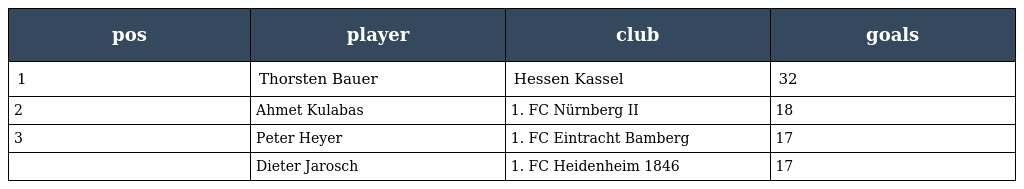
| pos | player | club | goals |
 | --- | --- | --- | --- |
 | 1 | Thorsten Bauer | Hessen Kassel | 32 |
 | 2 | Ahmet Kulabas | 1. FC Nürnberg II | 18 |
 | 3 | Peter Heyer | 1. FC Eintracht Bamberg | 17 |
 |  | Dieter Jarosch | 1. FC Heidenheim 1846 | 17 |